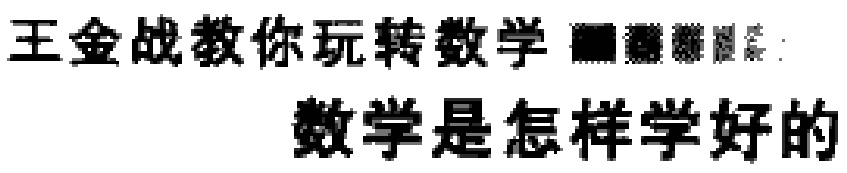
王金战教你玩转数学 数学是怎样学好的